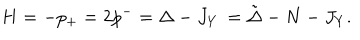
H = - p _ { + } = 2 p ^ { - } = \Delta - J _ { Y } \, = { \tilde { \Delta } } - N - J _ { Y } .